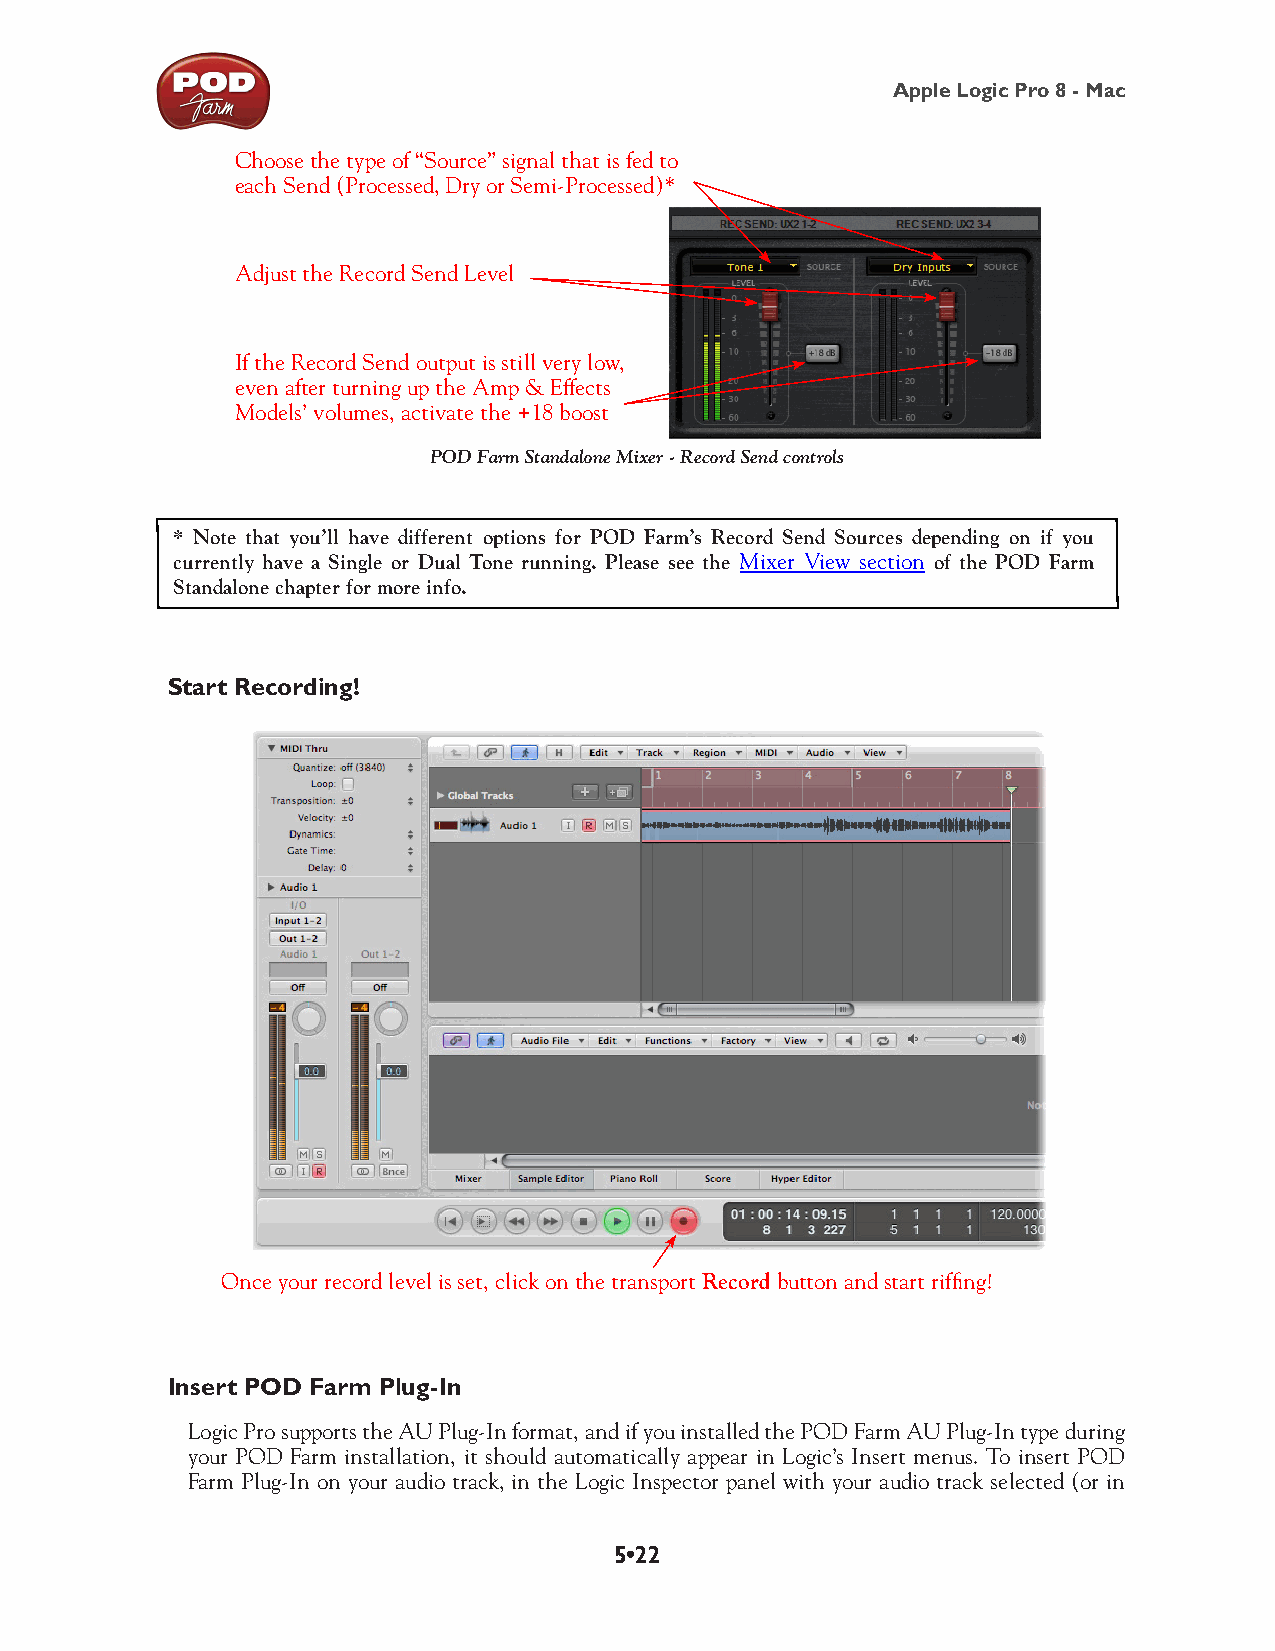
Apple Logic Pro 8 - Mac
 Choose the type of “Source” signal that is fed to
 each Send (Processed, Dry or Semi-Processed)*
 Adjust the Record Send Level
 If the Record Send output is still very low,
 even after turning up the Amp & Effects
 Models’ volumes, activate the +18 boost
 POD Farm Standalone Mixer - Record Send controls
 * Note that you’ll have different options for POD Farm’s Record Send Sources depending on if you
 currently have a Single or Dual Tone running. Please see the Mixer View section of the POD Farm
 Standalone chapter for more info.
 Start Recording!
 Once your record level is set, click on the transport Record button and start riffing!
 Insert POD Farm Plug-In
 Logic Pro supports the AU Plug-In format, and if you installed the POD Farm AU Plug-In type during
 your POD Farm installation, it should automatically appear in Logic’s Insert menus. To insert POD
 Farm Plug-In on your audio track, in the Logic Inspector panel with your audio track selected (or in
 5•22